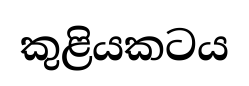
කුළියකටය